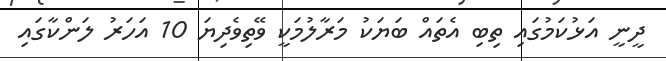
ދީނީ އަޅުކަމުގައި ތިބި އެތައް ބަޔަކު މަރާލުމަކީ ވޭތިވެދިޔަ 10 އަހަރު ލަންކާގައި